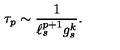
\tau _ { p } \sim { \frac { 1 } { \ell _ { s } ^ { p + 1 } g _ { s } ^ { k } } } .